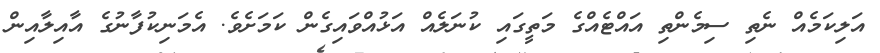
އަލިކަމެއް ނެތި ސިމެންތި އައްޓެއްގެ މަތީގައި ކުނަލެއް އަޅުއްވައިގެން ކަމަށެވެ. އެމަނިކުފާނުގެ އާއިލާއިން